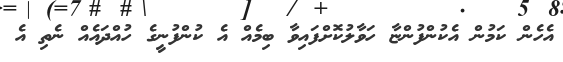
އެހެން ކަމުން އެކުންފުންޏާ ހަވާލުކޮށްފައިވާ ބިމެއް އެ ކުންފުނީގެ ހުއްދައެއް ނެތި އެ